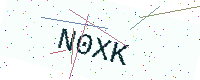
Text: N0XK